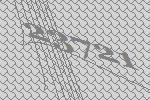
23721